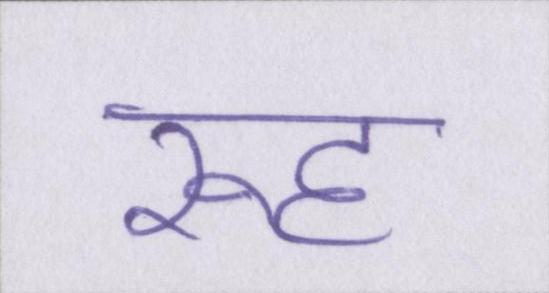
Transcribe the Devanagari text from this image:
रूह